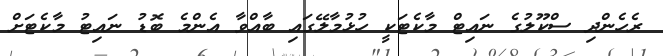
ރެހެންދި ސްކޫލުގެ ނައިޓް މާކެޓަކީ ހުޅުމާލޭގައި ބާއްވާ އެންމެ ބޮޑު ނައިޓު މާކެޓަށް